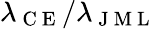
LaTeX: \lambda_{\mathrm{~C~E~}}/\lambda_{\mathrm{~J~M~L~}}